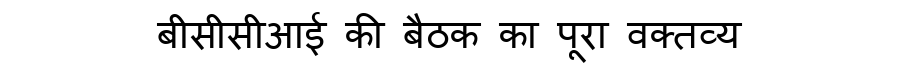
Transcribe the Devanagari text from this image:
बीसीसीआई की बैठक का पूरा वक्तव्य